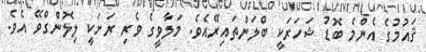
ޤައުމުގެ އެންމެ ބޮޑު ޝަހަރަކީ ބްލަންތައިރޭއެވެ. މަލާވީގެ ވެރި ރަށަކީ ލިލޮންގްވޭ އެވެ.